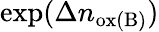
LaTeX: \exp(\Delta n_{\mathrm{ox(B)}})